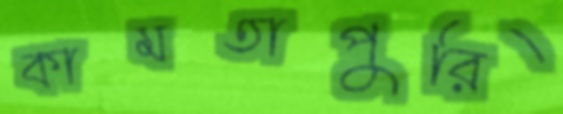
কামতাপুরি